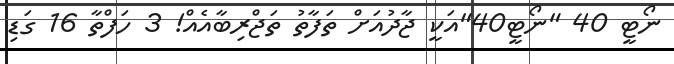
ނޯޓީ 40 "ނޯޓީ40"އަކީ ޖާދުއަށް ތަފާތު ތަޖްރިބާއެއް! 3 ހަފްތާ 16 ގަޑި